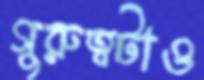
গুরুত্বটাও